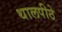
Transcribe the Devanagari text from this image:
थालपीठे